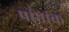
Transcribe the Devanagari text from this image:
प्रांप्तांक